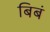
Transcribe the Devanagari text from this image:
बिबं